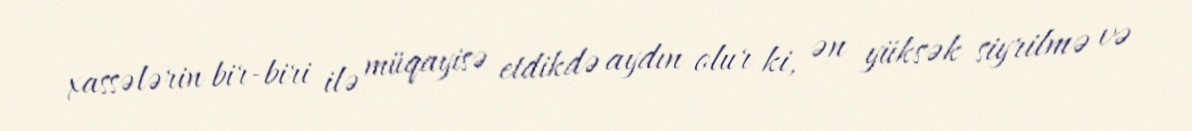
xassələrin bir-biri ilə müqayisə etdikdə aydın olur ki, ən yüksək siyrilmə və